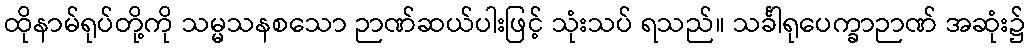
ထိုနာမ်ရုပ်တို့ကို သမ္မသနစသော ဉာဏ်ဆယ်ပါးဖြင့် သုံးသပ် ရသည်။ သင်္ခါရုပေက္ခာဉာဏ် အဆုံး၌